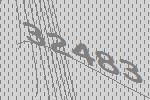
32483